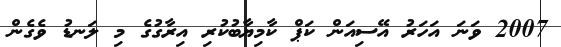
2007 ވަނަ އަހަރު އޭސިއަން ކަޕް ކާމިޔާބުކުރި އިރާގުގެ މި ލަނޑު ވެގެން